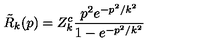
\tilde { R } _ { k } ( p ) = Z _ { k } ^ { c } \frac { p ^ { 2 } e ^ { - p ^ { 2 } / k ^ { 2 } } } { 1 - e ^ { - p ^ { 2 } / k ^ { 2 } } }